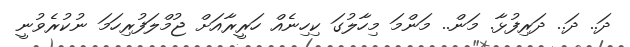
ދަ.. ދަ.. ދަރިފުޅާ. މަން.. މަންމަ މިހާލުގަ ކިހިނެއް ހަރީރާއަަށް ޖުމްލަފުރިހަމަ ނުކުރެވުނީ